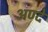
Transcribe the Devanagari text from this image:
अण्दे